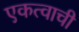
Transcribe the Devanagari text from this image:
एकत्वाची